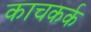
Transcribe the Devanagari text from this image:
काचकर्क